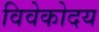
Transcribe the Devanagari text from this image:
विवेकोदय